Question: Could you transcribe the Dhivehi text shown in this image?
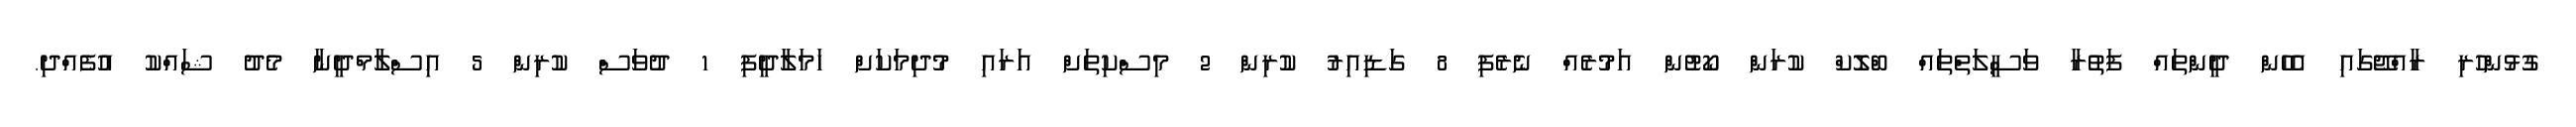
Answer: ގުޅުންހުރި ރާއްޖޭގައި އެހެން ދީންތައް ފަތުރާ ވަސީލަތްތައް ބްލޮކް ކުރަން ކޯޓުން އަމުރެއް ނެރެފި 8 ގަޑިއިރު ކުރިން 2 މިސްކިތަށް އަރައި މުދިމަކަށް ހަމަލާދީފި 1 ދުވަސް ކުރިން 5 އިސްލާމްދީނާ މެދު ޝައްކު އުފެއްދި.